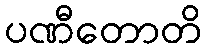
ပဏီတောတိ